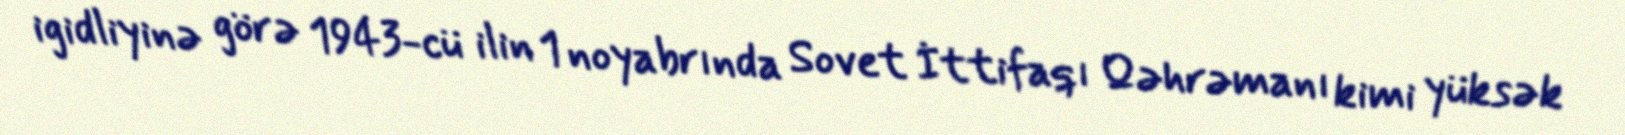
igidliyinə görə 1943-cü ilin 1 noyabrında Sovet İttifaqı Qəhrəmanı kimi yüksək